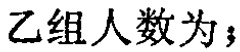
乙组人数为；